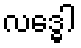
လဒ္ဓေါ